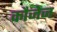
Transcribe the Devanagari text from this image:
कौजेज